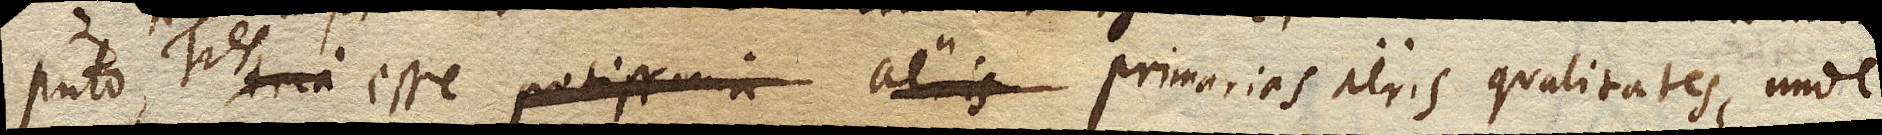
puto. Tres esse primarias aeris qualitates, unde